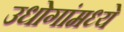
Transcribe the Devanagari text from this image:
उधोगांमध्ये